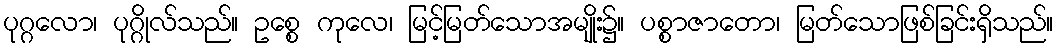
ပုဂ္ဂလော၊ ပုဂ္ဂိုလ်သည်။ ဥစ္စေ ကုလေ၊ မြင့်မြတ်သောအမျိုး၌။ ပစ္စာဇာတော၊ မြတ်သောဖြစ်ခြင်းရှိသည်။